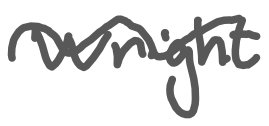
Text: Wright
Cross-out: wave
Writing tool: digital_gray